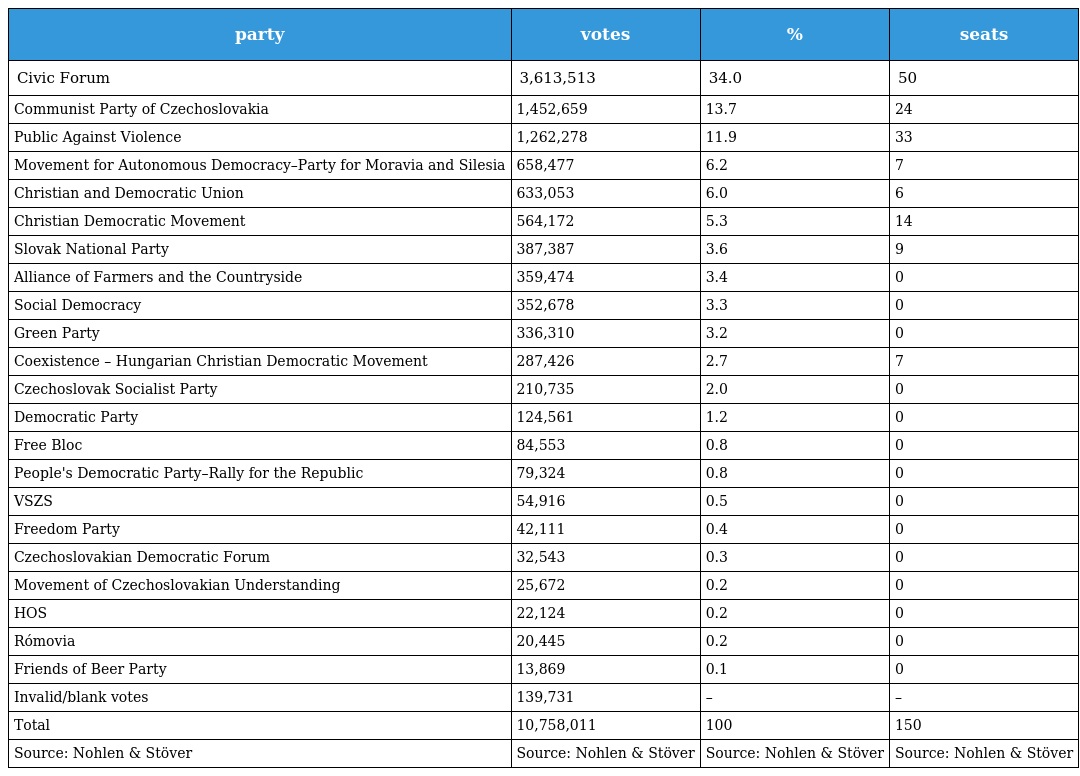
| party | votes | % | seats |
 | --- | --- | --- | --- |
 | Civic Forum | 3,613,513 | 34.0 | 50 |
 | Communist Party of Czechoslovakia | 1,452,659 | 13.7 | 24 |
 | Public Against Violence | 1,262,278 | 11.9 | 33 |
 | Movement for Autonomous Democracy–Party for Moravia and Silesia | 658,477 | 6.2 | 7 |
 | Christian and Democratic Union | 633,053 | 6.0 | 6 |
 | Christian Democratic Movement | 564,172 | 5.3 | 14 |
 | Slovak National Party | 387,387 | 3.6 | 9 |
 | Alliance of Farmers and the Countryside | 359,474 | 3.4 | 0 |
 | Social Democracy | 352,678 | 3.3 | 0 |
 | Green Party | 336,310 | 3.2 | 0 |
 | Coexistence – Hungarian Christian Democratic Movement | 287,426 | 2.7 | 7 |
 | Czechoslovak Socialist Party | 210,735 | 2.0 | 0 |
 | Democratic Party | 124,561 | 1.2 | 0 |
 | Free Bloc | 84,553 | 0.8 | 0 |
 | People's Democratic Party–Rally for the Republic | 79,324 | 0.8 | 0 |
 | VSZS | 54,916 | 0.5 | 0 |
 | Freedom Party | 42,111 | 0.4 | 0 |
 | Czechoslovakian Democratic Forum | 32,543 | 0.3 | 0 |
 | Movement of Czechoslovakian Understanding | 25,672 | 0.2 | 0 |
 | HOS | 22,124 | 0.2 | 0 |
 | Rómovia | 20,445 | 0.2 | 0 |
 | Friends of Beer Party | 13,869 | 0.1 | 0 |
 | Invalid/blank votes | 139,731 | – | – |
 | Total | 10,758,011 | 100 | 150 |
 | Source: Nohlen & Stöver | Source: Nohlen & Stöver | Source: Nohlen & Stöver | Source: Nohlen & Stöver |